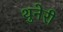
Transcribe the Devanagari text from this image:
थुनेरी